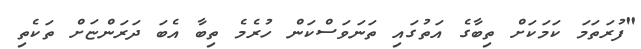
"ފުރަތަމަ ކަމަކަށް ތިބާގެ އަތުގައި ތަނަވަސްކަން ހުރެމެ ތިބާ އެބަ ދަރަންޏަށް ތަކެތި